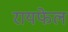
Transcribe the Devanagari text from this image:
रायफेल